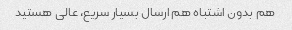
هم بدون اشتباه هم ارسال بسیار سریع، عالی هستید